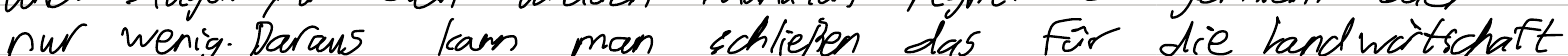
nur wenig. Daraus kann man schließen das für die Landwirtschaft